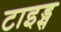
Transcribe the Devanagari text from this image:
टाइड्स